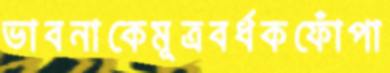
ভাবনাকেমূত্রবর্ধকফোঁপা